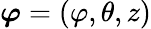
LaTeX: \boldsymbol{\varphi}=\left(\varphi,\theta,z\right)